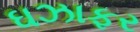
ઘઝાફર